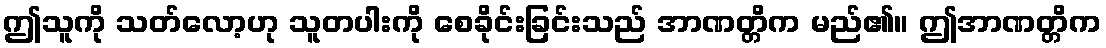
ဤသူကို သတ်လော့ဟု သူတပါးကို စေခိုင်းခြင်းသည် အာဏတ္တိက မည်၏။ ဤအာဏတ္တိက